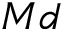
M d